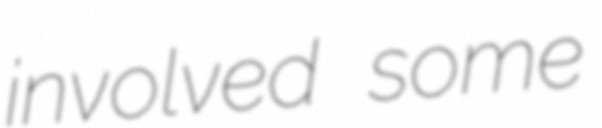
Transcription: involved some